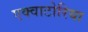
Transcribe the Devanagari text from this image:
एक्वाटोरिया